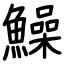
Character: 鱢